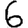
Digit: 6